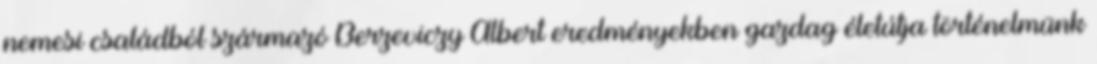
nemesi családból származó Berzeviczy Albert eredményekben gazdag életútja történelmünk